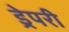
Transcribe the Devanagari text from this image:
ड्रेपरी